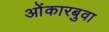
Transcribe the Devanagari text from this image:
ओंकारबुवा